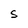
Character: S